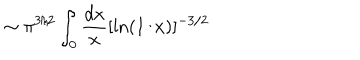
LaTeX: \sim \pi ^ { 3 / 2 } \int _ { 0 } { \frac { d x } { x } } [ \ln ( 1 / x ) ] ^ { - 3 / 2 }